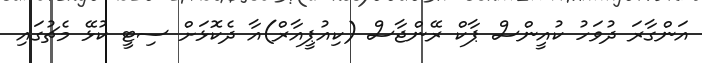
އަންގާރަ ދުވަހު ކުއީންސް ޕާކް ރޭންޖާސް (ކިއުޕީއާރް)އާ ދެކޮޅަށް ސިޓީ ކުޅޭ މެޗުގައި